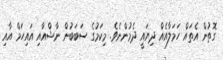
ގޮތުން އެތައް ހަމަލާއެއް ދިޔައީ ދެމުންނެވެ. މިކަމުގެ ސަބަބުން ނާޝްއާއި އައިހަމް އާއި